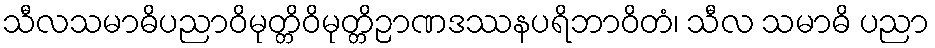
သီလသမာဓိပညာဝိမုတ္တိဝိမုတ္တိဉာဏဒဿနပရိဘာဝိတံ၊ သီလ သမာဓိ ပညာ